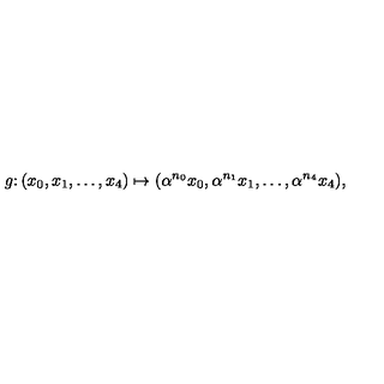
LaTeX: g \colon ( x _ { 0 } , x _ { 1 } , \ldots , x _ { 4 } ) \mapsto ( \alpha ^ { n _ { 0 } } x _ { 0 } , \alpha ^ { n _ { 1 } } x _ { 1 } , \ldots , \alpha ^ { n _ { 4 } } x _ { 4 } ) ,